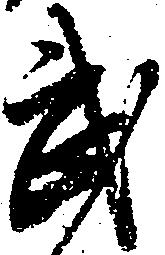
武